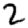
Digit: 2